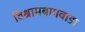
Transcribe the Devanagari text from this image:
विश्रामबागवाडा